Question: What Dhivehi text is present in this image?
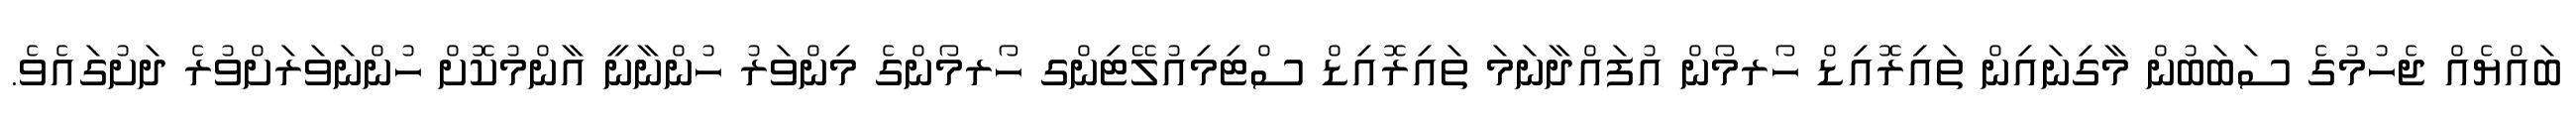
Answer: ބައްޔެއް ޖެހުމުގެ ސަބަބުން މާގިނައިން ތައިރޮއިޑް ހޯރމޯން އުފައްދާނަމަ ތައިރޮއިޑް ސްޓިމިއުލޭޓިންގ ހޯރމޯންގެ މިންވަރު ހުންނާނީ އާންމުކޮށް ހުންނަވަރަށްވުރެ ދަށުގައެވެ.